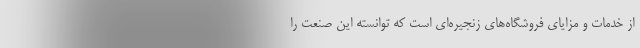
از خدمات و مزایای فروشگاه‌های زنجیره‌ای است که توانسته این صنعت را